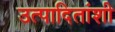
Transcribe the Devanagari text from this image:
उत्पादितांशी